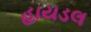
હાયડલ